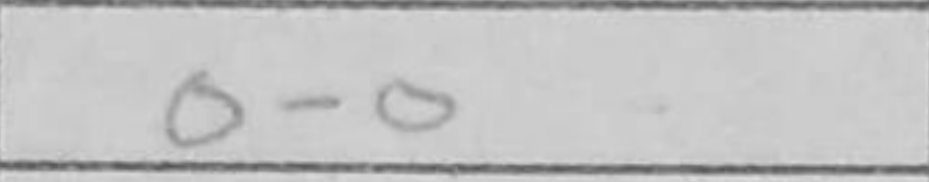
Transcription: O-O